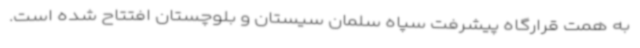
به همت قرارگاه پیشرفت سپاه سلمان سیستان و بلوچستان افتتاح شده است.